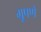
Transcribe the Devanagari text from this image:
ग्रूपणे